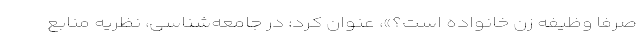
صرفا وظیفه زن خانواده است؟»، عنوان کرد: در جامعه‌شناسی، نظریه منابع